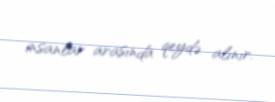
insanlar arasında qeydə alınır.